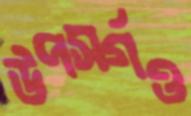
উপসর্গও